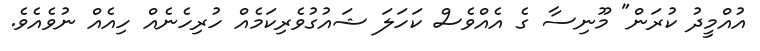
އުއްމީދު ކުރަން" މޫނިސާ ގެ އެއްވެސް ކަހަަަލަ ޝައުގުވެރިކަމެއް ހުރިހެނެއް ހިއެއް ނުވެއެެވެ.